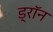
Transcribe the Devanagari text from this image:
ड्रॉन